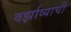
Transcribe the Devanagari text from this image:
वर्झाव्याची